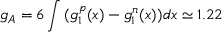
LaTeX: g _ { A } = 6 \int { ( g _ { 1 } ^ { p } ( x ) - g _ { 1 } ^ { n } ( x ) ) d x } \simeq 1 . 2 2